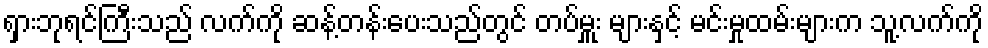
ရှားဘုရင်ကြီးသည် လက်ကို ဆန့်တန်းပေးသည်တွင် တပ်မှူး များနှင့် မင်းမှုထမ်းများက သူ့လက်ကို